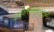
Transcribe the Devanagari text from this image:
अवकाशयुगामुळे